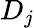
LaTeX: D_{j}